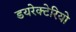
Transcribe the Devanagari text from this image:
डयरेक्टेरियो